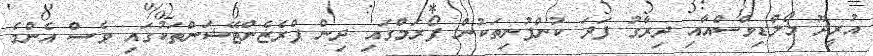
އުރީދޫ މޯލްޑިވްސްއާއި ދިރާގު ފަދަ ކުންފުނިތަކުން ފޯރަމްގައި ދިން ޕްރެޒެންޓޭޝަންތަކުގައި ވެސް އެންމެ